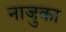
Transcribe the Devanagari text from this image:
नाजुका